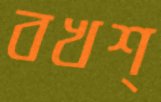
বখশ্